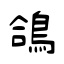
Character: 鴿